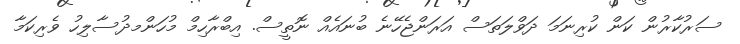
ސަރުކާރުން ކަން ކުރިނަމަ ދަވްލަތަސް އަރަންޖެހޭނެ ބުނައެއް ނޮތީސް. އިބްރާހިމް މުހަންމދުސާލިހު ވެރިކަމާ